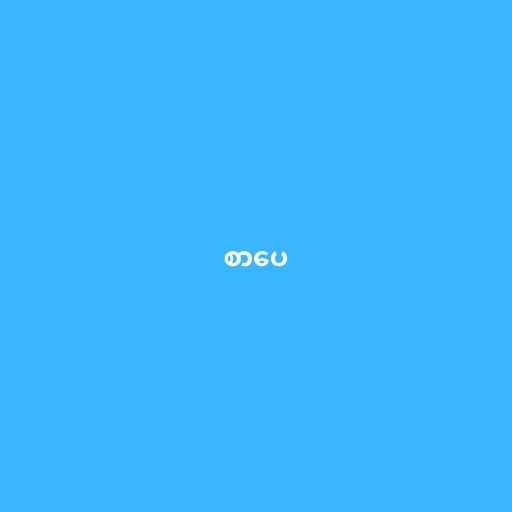
စာပေ